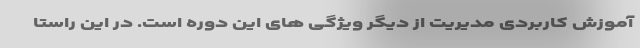
آموزش کاربردی مدیریت از دیگر ویژگی های این دوره است. در این راستا